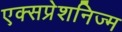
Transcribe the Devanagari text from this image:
एक्सप्रेशनिज्म